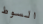
السوط